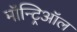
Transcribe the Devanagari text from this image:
मॉन्ट्रिऑल